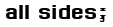
all sides;